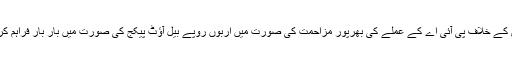
حکومت یا تو بالکل ہی نجکاری کی کوشش کرتی دکھائی دیتی ہے یا پھر نجکاری کے خلاف پی آئی اے کے عملے کی بھرپور مزاحمت کی صورت میں اربوں روپے بیل آؤٹ پیکج کی صورت میں بار بار فراہم کرتی نظر آتی ہے، جبکہ اصلاحات کا عنصر نہایت کم اور غیر موزوں نظر آتا ہے۔